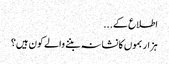
اطلاع کے...
ہزار بموں کا نشانہ بننے والے کون ہیں؟